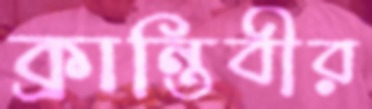
ক্রান্তিবীর